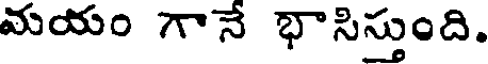
మయం గానే భాసిస్తుంది.